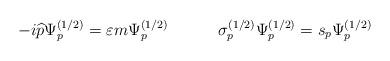
LaTeX: \begin{align*}-i\widehat{p}\Psi _p^{(1/2)}=\varepsilon m\Psi_p^{(1/2)}\hspace{0.5in} \sigma _p^{(1/2)}\Psi _p^{(1/2)}=s_p\Psi_p^{(1/2)}\end{align*}